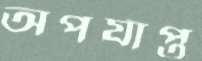
অপর্যাপ্ত